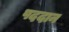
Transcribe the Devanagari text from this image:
पददान